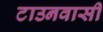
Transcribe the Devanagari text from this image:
टाउनवासी